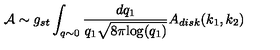
{ \cal A } \sim g _ { s t } \int _ { q \sim 0 } \frac { d q _ { 1 } } { q _ { 1 } \sqrt { 8 \pi \mathrm { l o g } ( q _ { 1 } ) } } A _ { d i s k } ( k _ { 1 } , k _ { 2 } )